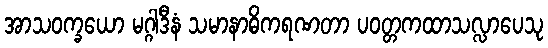
အာသဝက္ခယော မဂ္ဂါဒီနံ သမာနာဓိကရဏတာ ပဝတ္တကထာသလ္လာပေသု